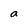
Character: a